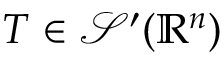
T \in { \mathcal { S } } ^ { \prime } ( \mathbb { R } ^ { n } )